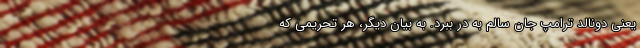
یعنی دونالد ترامپ جان سالم به در ببرد. به بیان دیگر، هر تحریمی که